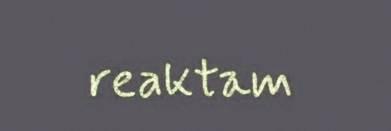
reaktam